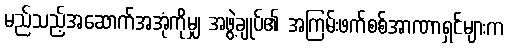
မည်သည့်အဆောက်အအုံကိုမျှ အဖွဲ့ချုပ်၏ အကြမ်းဖက်စစ်အာဏာရှင်များက